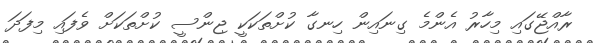
ރާއްޖޭގައި މިހާރު އެންމެ ގިނައިން ހިނގާ ކުށްތަކަކީ ޖިންސީ ކުށްތަކަށް ވެފައި މިފަދަ